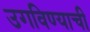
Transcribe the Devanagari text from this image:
उगविण्याची